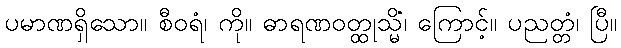
ပမာဏရှိသော။ စီဝရံ၊ ကို။ ဓာရဏဝတ္ထုသ္မိံ၊ ကြောင့်။ ပညတ္တံ၊ ပြီ။